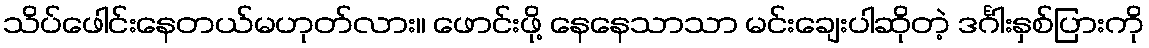
သိပ်ဖေါင်းနေတယ်မဟုတ်လား။ ဖောင်းဖို့ နေနေသာသာ မင်းချေးပါဆိုတဲ့ ဒင်္ဂါးနှစ်ပြားကို